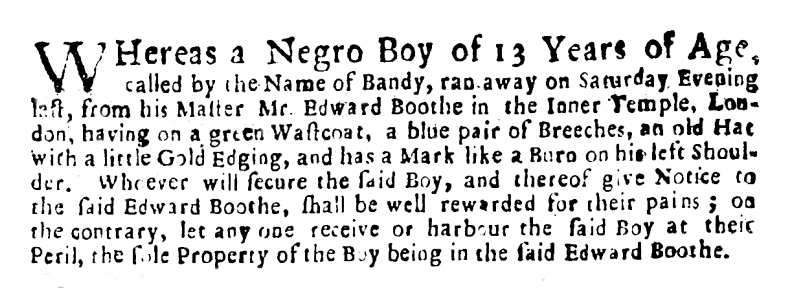
Evening Post, 21 June 1722 (England)
WHereas a Negro Boy of 13 Years of Age, called by the Name of Bandy, ran away on Saturday Evening last, from his Master Mr. Edward Boothe in the Inner Temple, London, having on a green Wastcoat, a blue pair of Breeches, an old Hat with a little Gold Edging, and has a Mark like a Burn on his left Shoulder. Whoever will secure the said Boy, and thereof give Notice to the said Edward Boothe, shall be well rewarded for their pains; on the contrary, let any one receive or harbour the said Boy at their Peril, the sole Property of the Boy being in the said Edward Boothe.